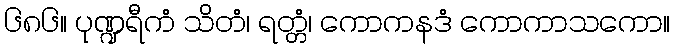
၆၈၆။ ပုဏ္ဍရီကံ သိတံ၊ ရတ္တံ၊ ကောကနဒံ ကောကာသကော။